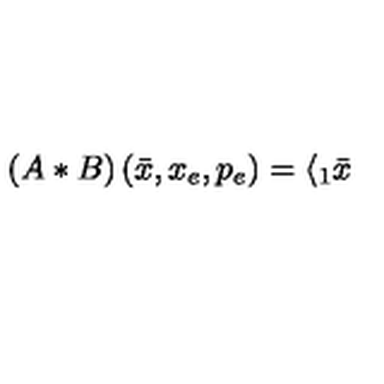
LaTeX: \left( A \ast B \right) ( \bar { x } , x _ { e } , p _ { e } ) = \langle _ { 1 } \bar { x }